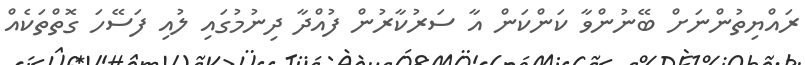
ރައްޔިތުންނަށް ބޭނުންވާ ކަންކަން އާ ސަރުކާރުން ފުއްދާ ދިނުމުގައި ލުއި ފަސޭހަ ގޮތްތަކެއް